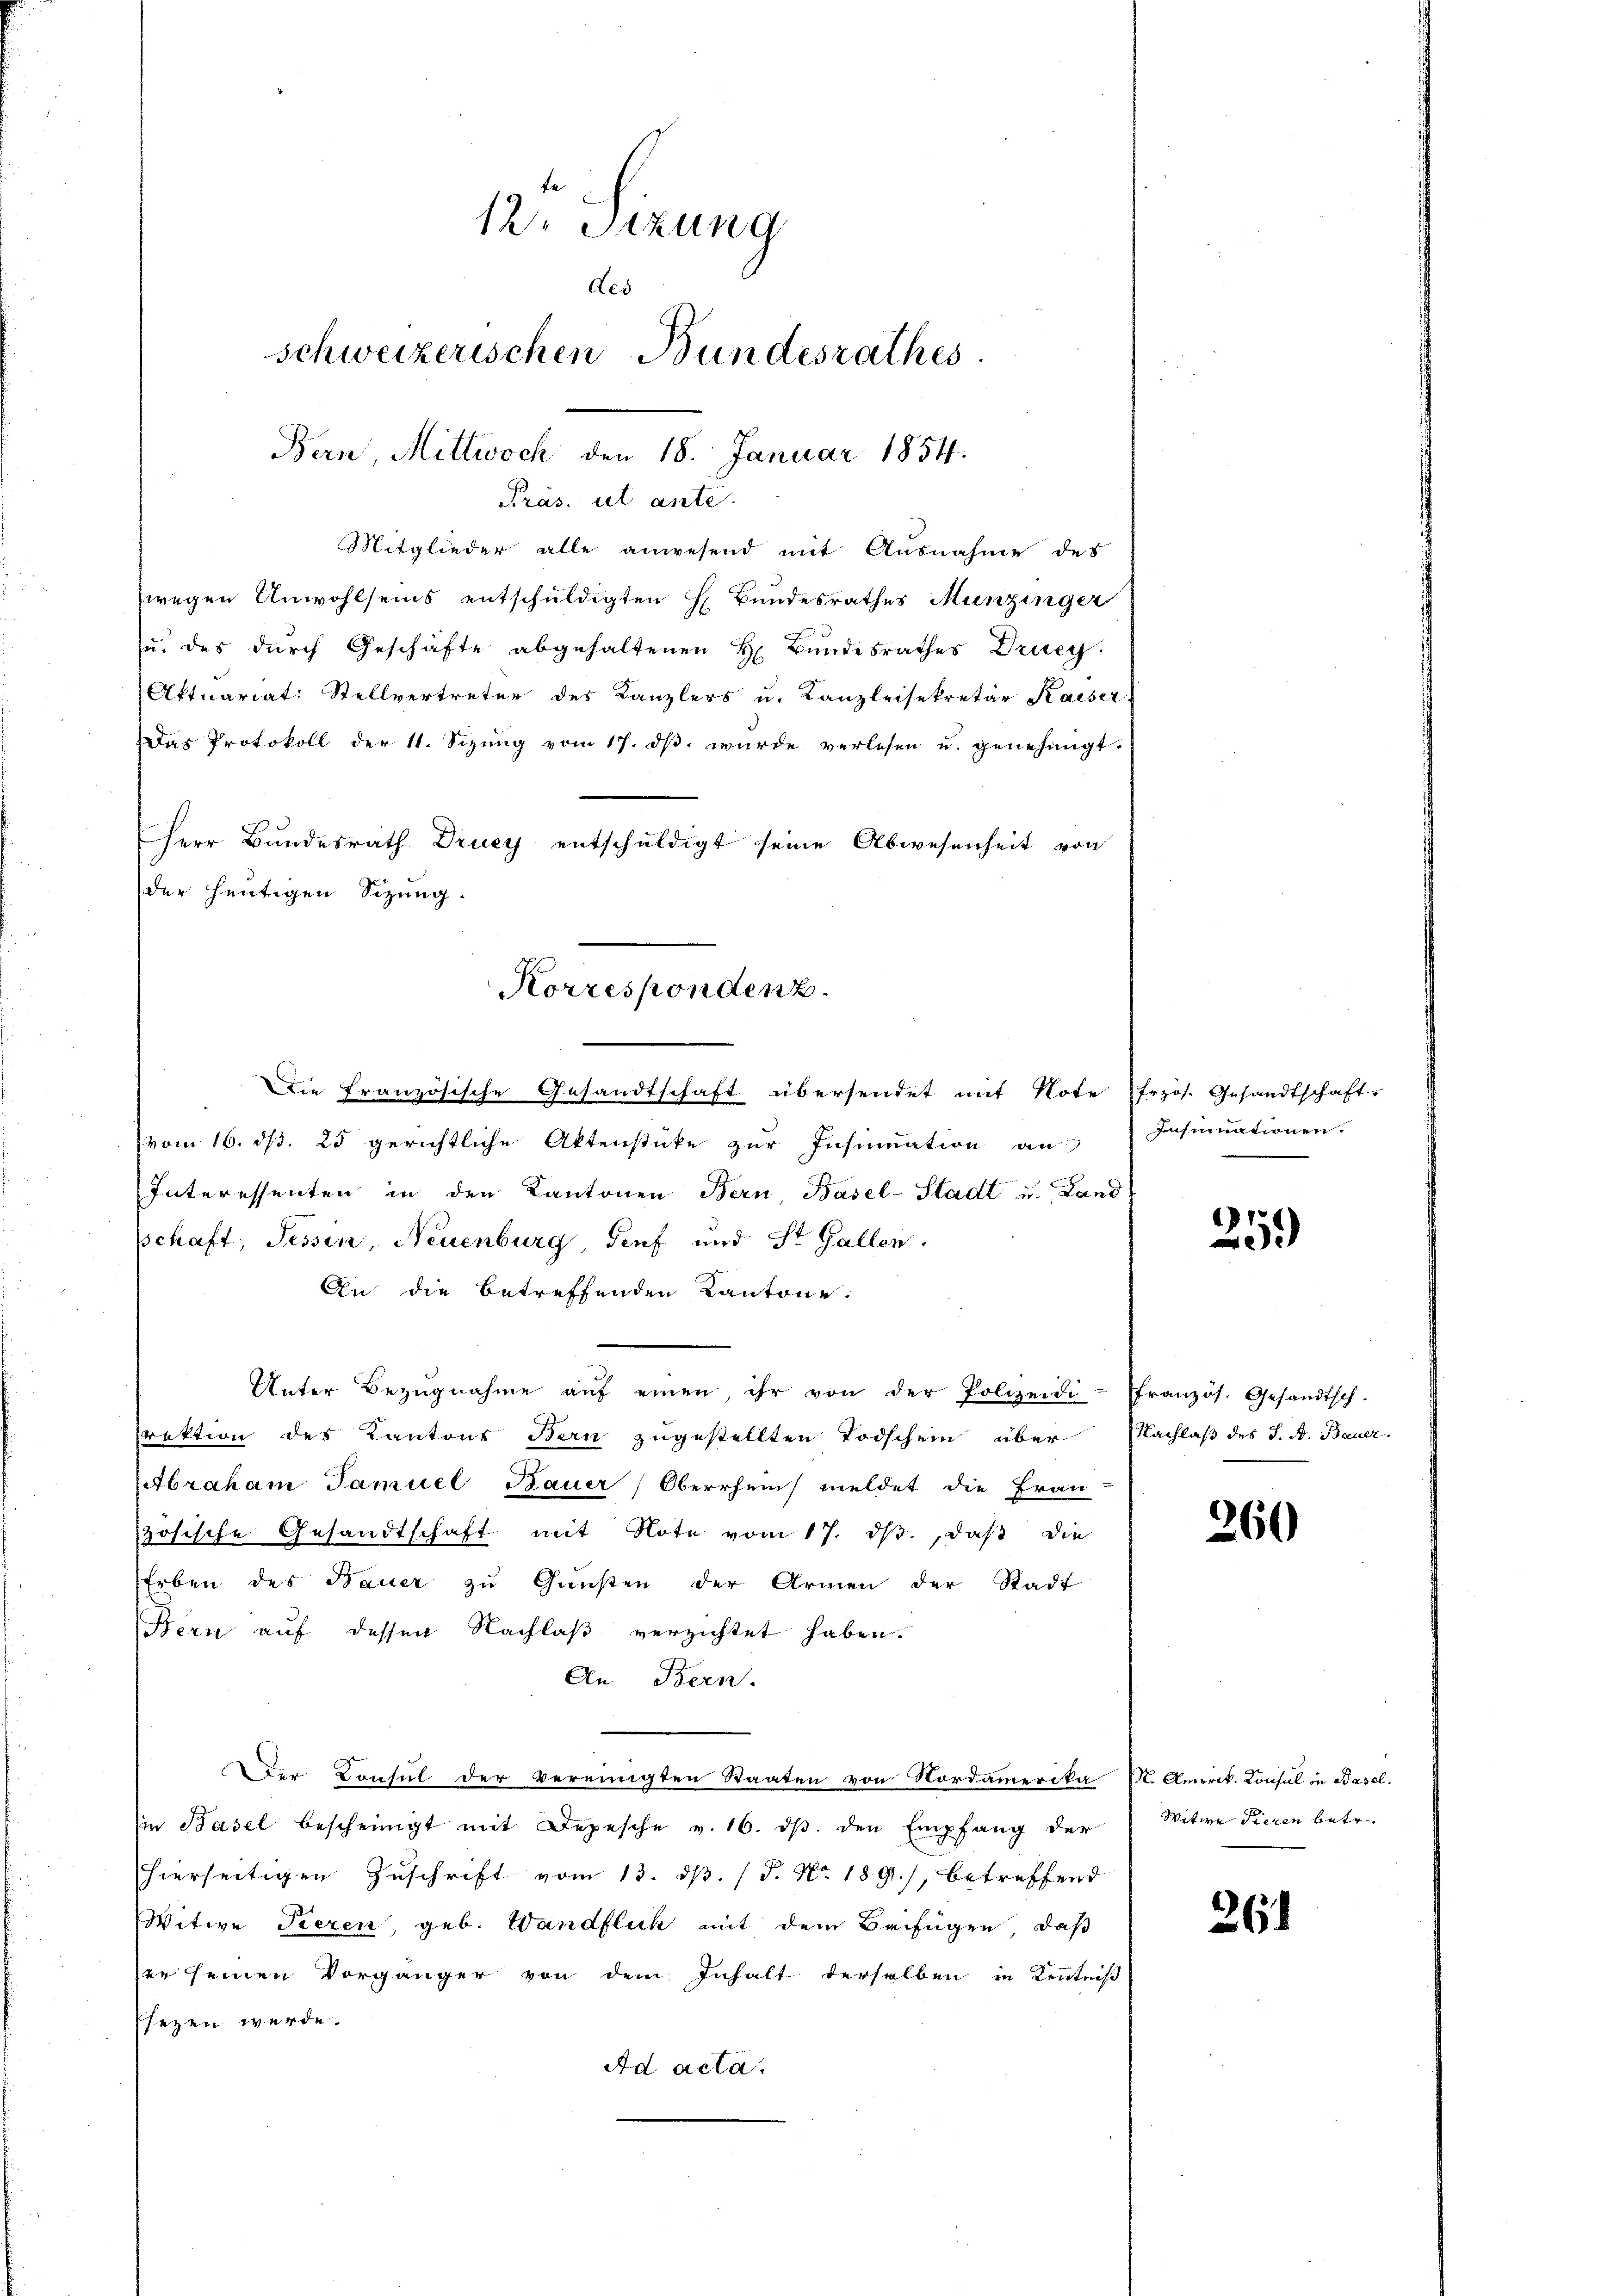
12. Sitzung
des
schweizerischen Bundesrathes
Bern, Mittwoch den 18. Januar 1854.

Mitglieder alle anwesend mit Ausnahme des
wegen Anwohlseins entschuldigten H. Bundesrathes Munzinger
u. des durch Geschäfte abgehaltenen H. Bundesrathes Druc
Aktuariat: Stellvertreter des Kanzlers u. Kanzleisekretär Kaiser
Das Protokoll der 11. Sizung vom 17. ds. wurde verlesen u. genehmigt.
Herr Bundesrath Drucy entschŭldigt seine Abwesenheit von
Die französische Gesandtschaft übersendet mit Note frzös. Gesandtschaft.
vom 16. ds. 25 gerichtliche Aktenstücke zur Insinuation an
Interessenten in den Kantonen Bern, Basel-Stadt u. Land
schaft, Tessin, Neuenburg, Genf und St. Gallen.
An die betreffenden Kantone:
Unter Bezŭgnahme aŭf einen ihr von der Polizeidi-französ. Gesandtsch.
rektion des Kantons Bern zugestellten Todschein über
Abraham Samuel Bauer Oberrhein meldet die Fran-
zösische Gesandtschaft mit Note vom 17. ds., daß die
Erben des Bauer zŭ Gŭnsten der Armen der Stadt
Bern auf dessen Nachlaß verzichtet haben.
An Bern.
Der Konsul der vereinigten Staaten von Nordamerika St. Amerik. Consul in Basel.
(in Basel bescheinigt mit Depesche v. 16. dβ. den Empfang der
hierseitigen Zŭschrift vom 13. dβ. / P. Nr. 189), betreffend
Witwe Tieren, geb. Wandflick mit dem Beifügen, daß
er seinen Vorgänger von dem Inhalt derselben in Kenntniß
Esezen werde.
Ad acta.

Pras. ut anté.

der heutigen Sizung.
Korrespondenz.

Insinuationen.

259

Nachlaß des S. A. Bauer.

260

Witwe Tieren betr.

26